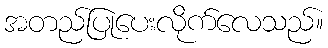
အတည်ပြုပေးလိုက်လေသည်။